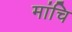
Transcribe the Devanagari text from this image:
मांचि